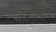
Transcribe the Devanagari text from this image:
अंतर्विष्‍ट